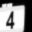
Digit: 4